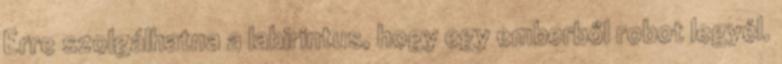
Erre szolgálhatna a labirintus, hogy egy emberből robot legyél.